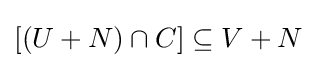
[(U+N)\cap C]\subseteq V+N